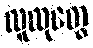
လူထုတွေ